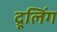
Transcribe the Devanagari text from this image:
द्रूलिंग